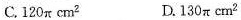
C.120πcm^{2} D.130πcm^{2}